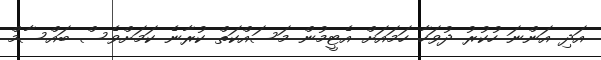
އަދި އަންނަ ހުކުރު ދުވަހާ ހަމައަށް އެޓީމުން މަސައްކަތް ކުރާނެ ކަމަށްވެސް ބައްސާމް